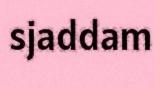
sjaddam